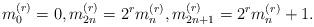
LaTeX: \begin{align*} m_0^{(r)} = 0, m_{2n}^{(r)} = 2^rm_n^{(r)}, m_{2n+1}^{(r)} = 2^rm_n^{(r)} + 1.\end{align*}